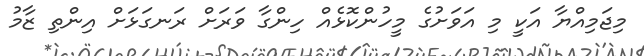
މިޖަމިއްޔާ އަކީ މި އަވަށުގެ މީހުންކޮޅެއް ހިންގާ ވަރަށް ރަނގަޅަށް އިންތި ޒާމު